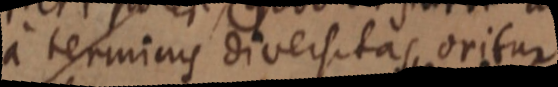
a terminis diversitas oritur